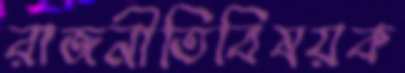
রাজনীতিবিষয়ক